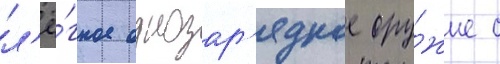
л'ё́гкое однозар'ядное ору́жие с